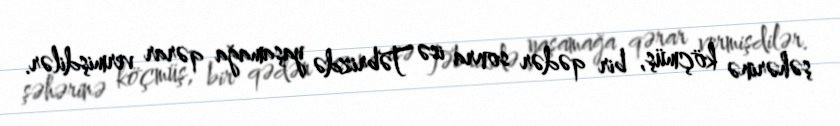
şəhərinə köçmüş, bir qədər sonra isə Təbrizdə yaşamağa qərar vermişdilər.